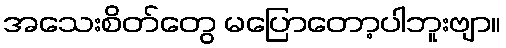
အသေးစိတ်တွေ မပြောတော့ပါဘူးဗျာ။